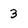
Character: 3